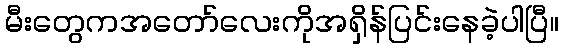
မီးတွေကအတော်လေးကိုအရှိန်ပြင်းနေခဲ့ပါပြီ။